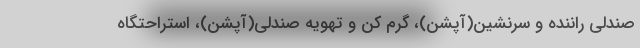
صندلی راننده و سرنشین(آپشن)، گرم کن و تهویه صندلی(آپشن)، استراحتگاه